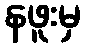
နဖူးမှ